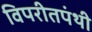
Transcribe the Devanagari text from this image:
विपरीतपंथी